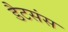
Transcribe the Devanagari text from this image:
डैटसंस